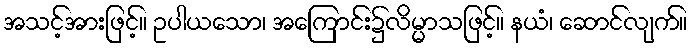
အသင့်အားဖြင့်။ ဥပါယသော၊ အကြောင်း၌လိမ္မာသဖြင့်။ နယံ၊ ဆောင်လျက်။